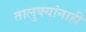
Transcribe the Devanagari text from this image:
तालुक्यांनाही